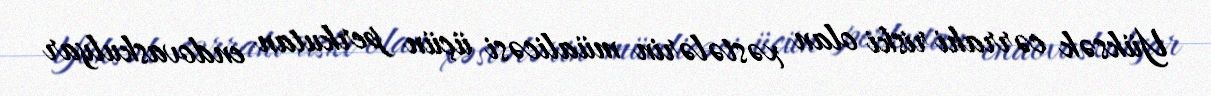
Yüksək cərrahi riski olan xəstələrin müalicəsi üçün perkutan endovaskulyar